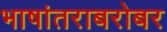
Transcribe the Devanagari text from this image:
भाषांतराबरोबर